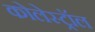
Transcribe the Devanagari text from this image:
कोलेस्‍ट्रॉल